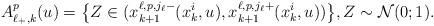
LaTeX: \begin{align*} A_{\ell_{+},k}^p(u) = \big\{ Z \in (x_{k+1}^{\ell,p,j_{\ell}-} (x_k^i,u), x_{k+1}^{\ell,p,j_{\ell}+} (x_k^i,u)) \big\}, Z \sim {\cal N}( 0; 1).\end{align*}